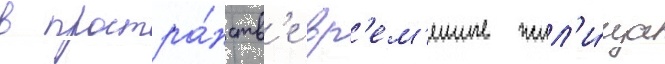
в простра́нств'е вр'ем'енные жил'и́ща